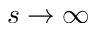
s \to \infty